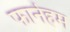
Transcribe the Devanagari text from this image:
फार्नहम